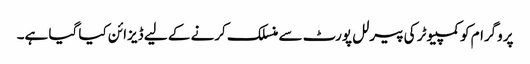
پروگرام کو کمپیوٹر کی پیرلل پورٹ سے منسلک کرنے کے لیے ڈیزائن کیا گیا ہے۔